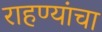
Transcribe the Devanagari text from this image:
राहण्यांचा